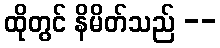
ထိုတွင် နိမိတ်သည် --